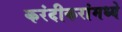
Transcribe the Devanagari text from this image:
करंदीकरांमध्ये